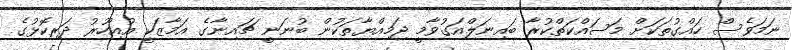
ނަމަވެސް ހައްގުތަކަށް މަސައްކަތްކުރާ ބައިނަލްއަގުވާމީ ޖަމިއްޔާތަކުން ބުނަނީ ޗައިނާގެ އަމާޒަކީ އުއިހޫރު ދަރިކޮޅުގެ